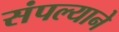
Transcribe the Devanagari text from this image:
संपल्‍याने